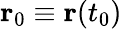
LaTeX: \mathbf{r}_{0}\equiv\mathbf{r}(t_{0})